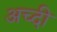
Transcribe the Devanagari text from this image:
अच्दी